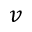
v